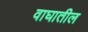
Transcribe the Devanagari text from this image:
वाघातील